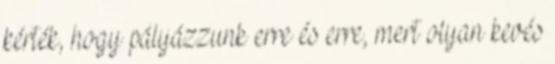
kérték, hogy pályázzunk erre és erre, mert olyan kevés